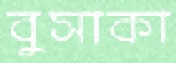
বুসাকা